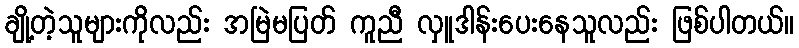
ချို့တဲ့သူများကိုလည်း အမြဲမပြတ် ကူညီ လှူဒါန်းပေးနေသူလည်း ဖြစ်ပါတယ်။